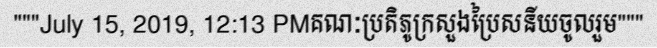
"""July 15, 2019, 12:13 PMគណៈប្រតិភូក្រសួងប្រៃសនីយចូលរួម"""